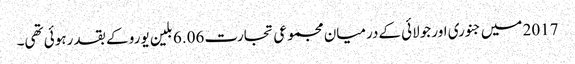
2017 میں جنوری اور جولائی کےدرمیان مجموعی تجارت 6.06 بلین یورو کے بقد رہوئی تھی۔